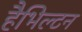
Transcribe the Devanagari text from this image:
हैभिल्टन